Report of the Bombay Veterinary College
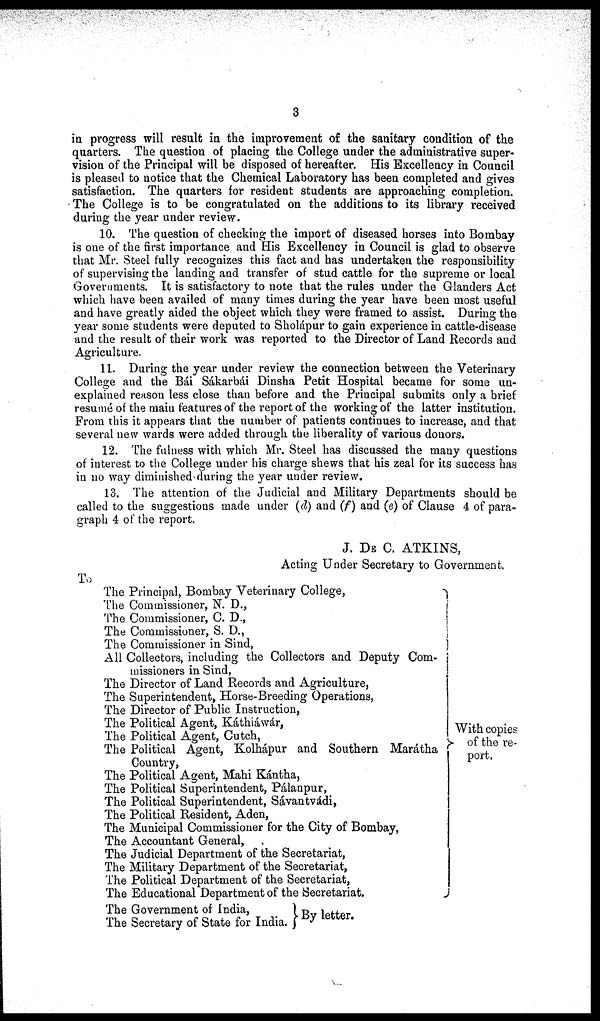
3
in progress will result in the improvement of the sanitary condition of the
quarters. The question of placing the College under the administrative super-
vision of the Principal will be disposed of hereafter. His Excellency in Council
is pleased to notice that the Chemical Laboratory has been completed and gives
satisfaction. The quarters for resident students are approaching completion.
The College is to be congratulated on the additions to its library received
during the year under review.
10. The question of checking the import of diseased horses into Bombay
is one of the first importance and His Excellency in Council is glad to observe
that Mr. Steel fully recognizes this fact and has undertaken the responsibility
of supervising the landing and transfer of stud cattle for the supreme or local
Governments. It is satisfactory to note that the rules under the Glanders Act
which have been availed of many times during the year have been most useful
and have greatly aided the object which they were framed to assist. During the
year some students were deputed to Sholápur to gain experience in cattle-disease
and the result of their work was reported to the Director of Land Records and
Agriculture.
11. During the year under review the connection between the Veterinary
College and the Bái Sákarbái Dinsha Petit Hospital became for some un-
explained reason less close than before and the Principal submits only a brief
resumé of the main features of the report of the working of the latter institution.
From this it appears that the number of patients continues to increase, and that
several new wards were added through the liberality of various donors.
12. The fulness with which Mr. Steel has discussed the many questions
of interest to the College under his charge shews that his zeal for its success has
in no way diminished during the year under review.
13. The attention of the Judicial and Military Departments should be
called to the suggestions made under (d) and (f) and (e) of Clause 4 of para-
graph 4 of the report.
J. DE C. ATKINS,
Acting Under Secretary to Government.
To
The Principal, Bombay Veterinary College,
The Commissioner, N. D.,
The Commissioner, C.D.,
The Commissioner, S. D.,
The Commissioner in Sind,
All Collectors, including the Collectors and Deputy Com-
missioners in Sind,
The Director of Land Records and Agriculture,
The Superintendent, Horse-Breeding Operations,
The Director of Public Instruction,
The Political Agent, Káthiáwár,
The Political Agent, Cutch,
The Political Agent, Kolhápur and Southern Máratha
Country,
The Political Agent, Mahi Kántha,
The Political Superintendent, Pálanpur,
The Political Superintendent, Sávantvádi,
The Political Resident, Aden,
The Municipal Commissioner for the City of Bombay,
The Accountant General,
The Judicial Department of the Secretariat,
The Military Department of the Secretariat,
The Political Department of the Secretariat,
The Educational Department of the Secretariat.
With copies
of the re-
port,
The Government of India,
The Secretary of State for India.
By letter.